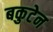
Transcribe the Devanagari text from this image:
बकुटेन